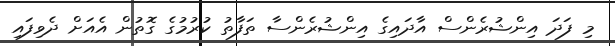
މި ފަދަ އިންޝުރެންސް އާދައިގެ އިންޝުރެންސާ ތަފާތު ކުރުމުގެ ގޮތުން އެއަށް ދެވިފައި